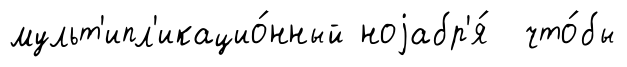
мульт'ипл'икацио́нный ноjабр'я́ что́бы